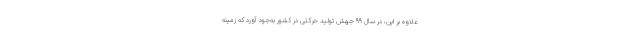
علاوه بر این، در سال ۹۹ جهش تولید حرکتی در کشور به‌جود آورد که زمینه